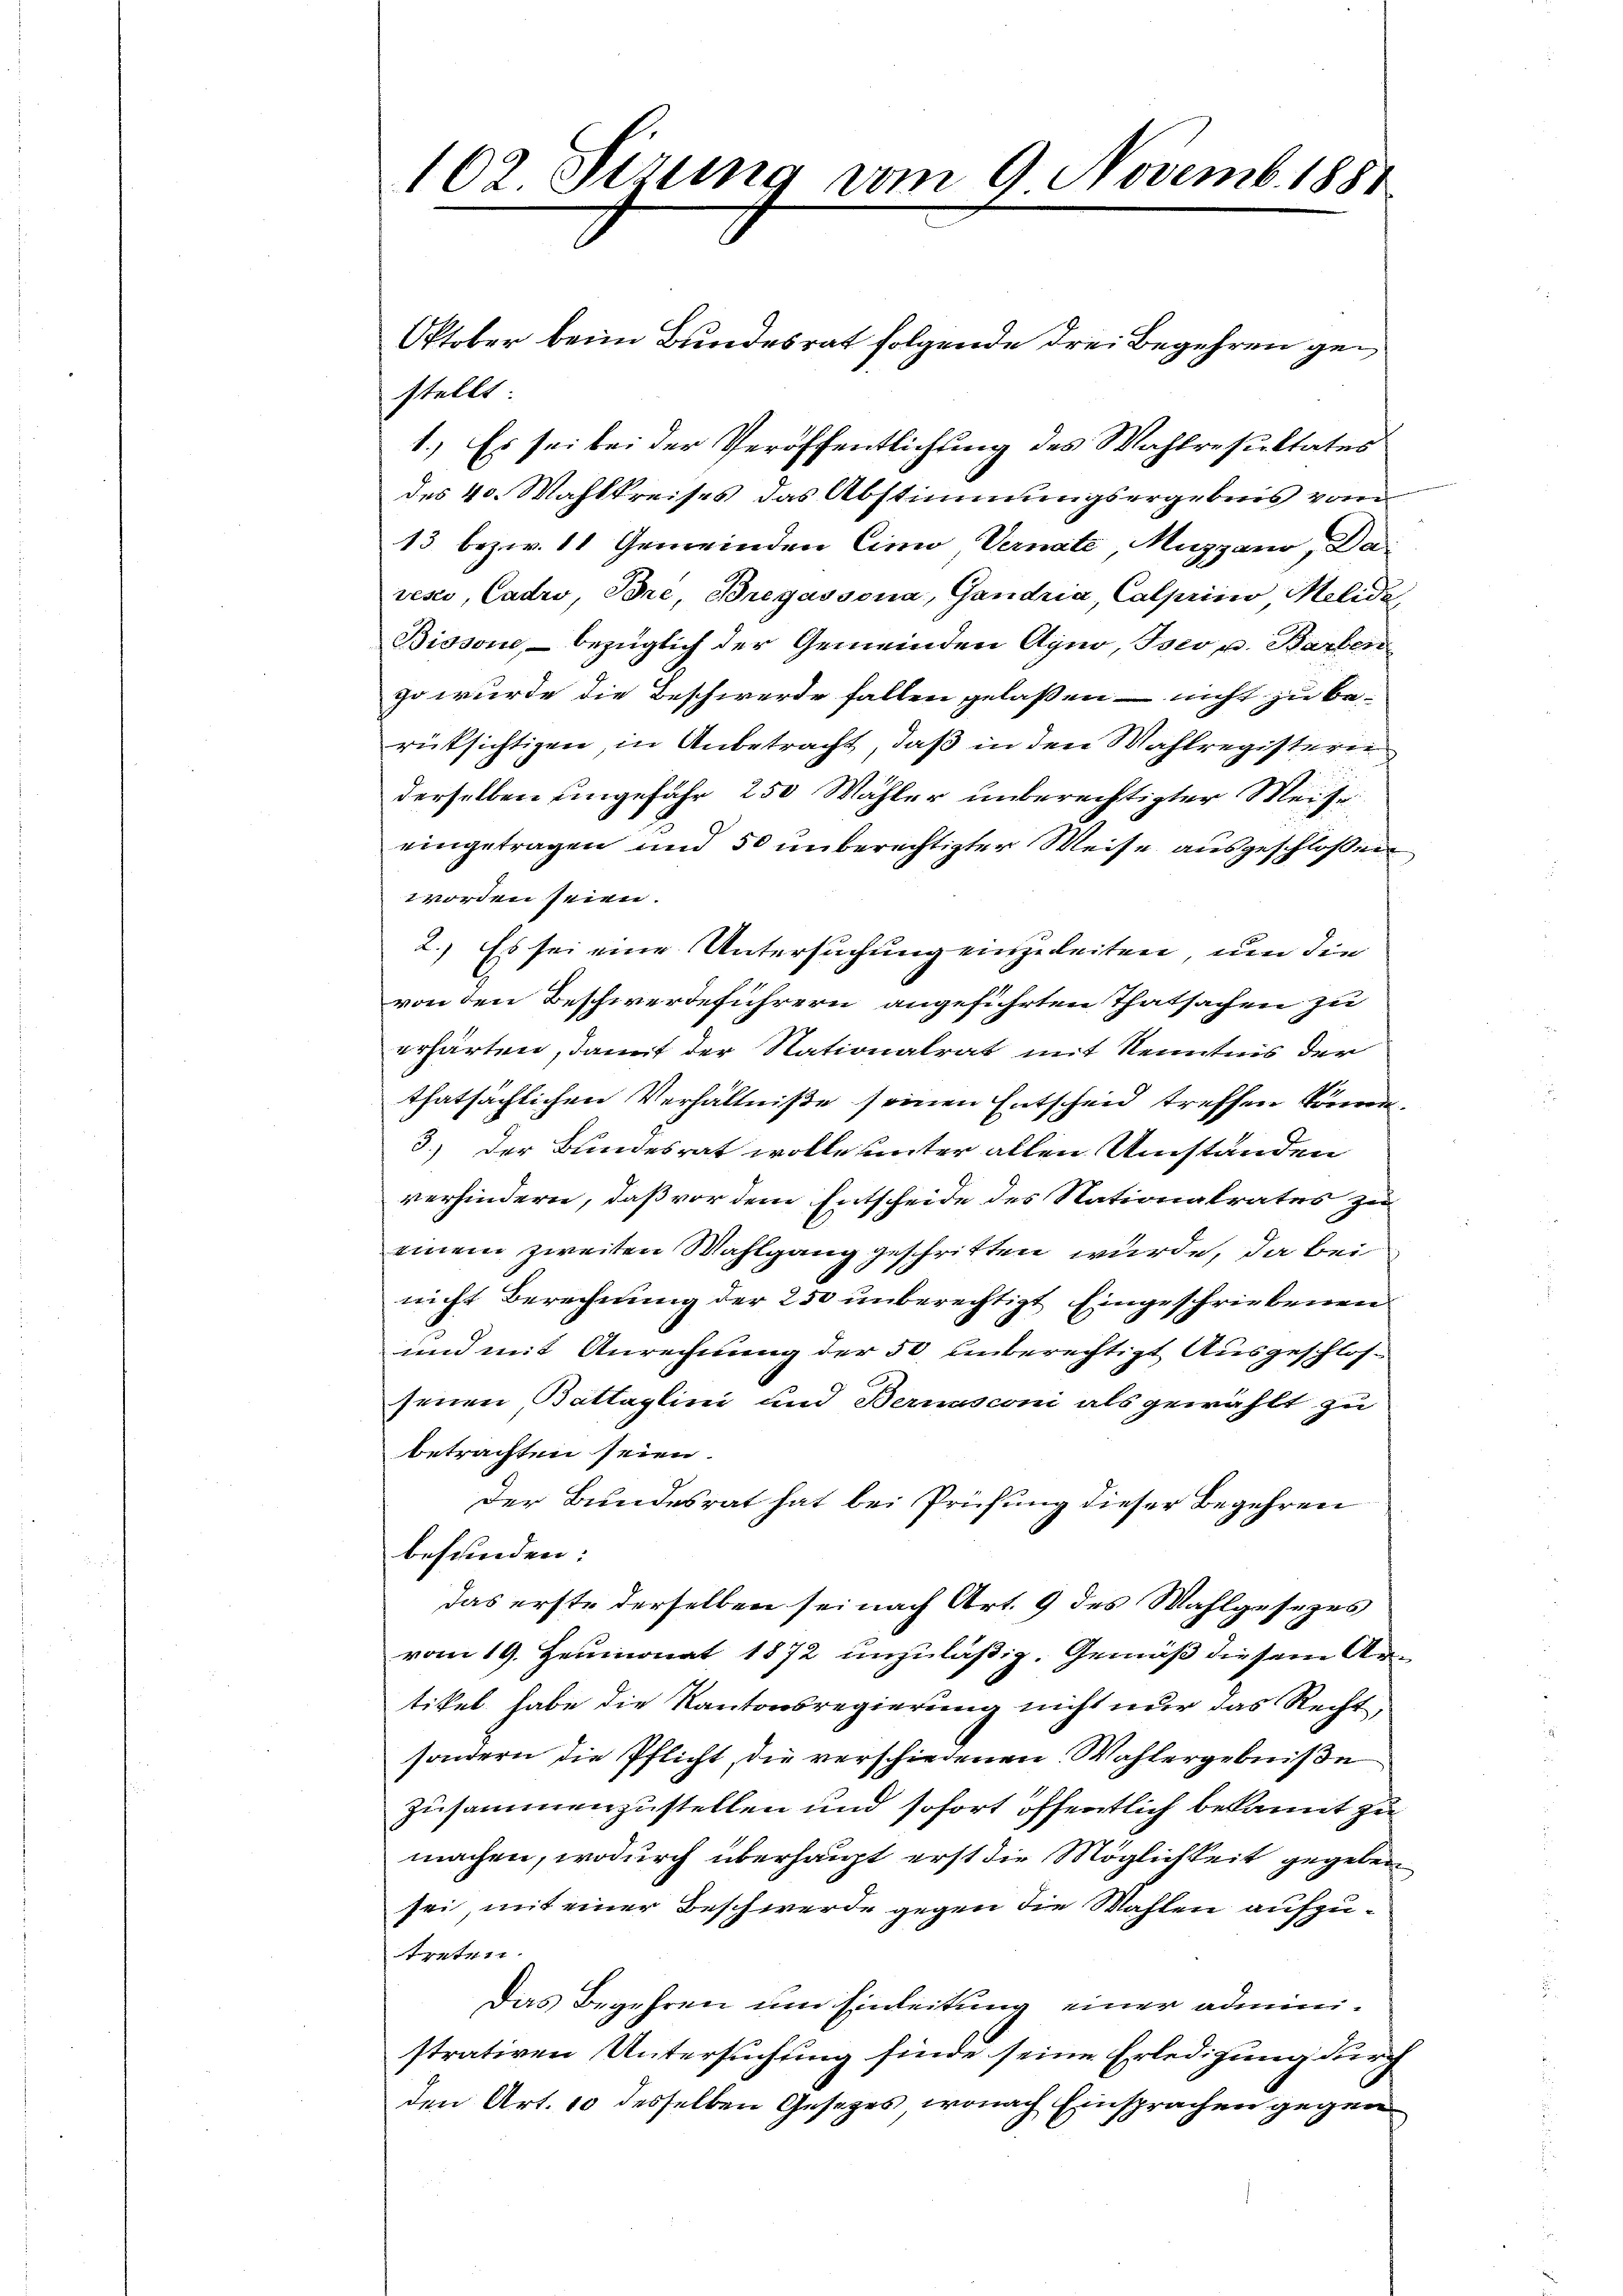
102. Sizung vom 9. Novemb. 1881

stellt
1.) Es sei bei der Veröffentlichung des Wahlresultates
des 40. Mahlkreises das Abstimmungsergebnis vom
13 bezw. 11 Gemeinden Cinio Vernate, Muggano, Da
ressi, Cadro, Bre, Bregassona, Gandria, Calprino Melidi
Bissone, - bezüglich der Gemeinden Agno, Iseo u. Barben
so wurde die Beschwerde fallen gelaßen – nicht zu berücksichtigen, in Anbetracht, daß in den Wahlregisterei
derselben ungefähr 250 Wähler unberechtigter Weise
eingetragen und 50 unberechtigter Weise ausgeschloßen
worden seien.
2.) Es sei eine Untersuchung einzeleiten, um die
von den Beschwerdeführern angeführten Thatsachen zu
erhärten, damit der Nationalrat mit Kenntnis der
thatsächlichen Verhältniße seinen Entscheid treffen könne.
3.) Der Bundesrat wolle unter allen Umständen
verhindern, daß vor dem Entscheide des Nationalrates zu
einem zweiten Wahlgang geschritten wurde, da bei
nicht Berechnung der 250 unberechtigt Eingeschriebenen
und mit Anrechnung der 50 unberechtigt Ausgeschlos
senen Battaglini und Bernasconi als gewählt zu
betrachten seien.
Der Bundesrat hat bei Prüfung dieser Begehren
befunden:
das erste derselben sei nach Art. 9 des Wahlgesezes
vom 19. Heumonat 1872 anzuläßig. Gemäß diesem Artikel habe die Kantonsregierung nicht nur das Recht,
sondern die Pflicht, die verschiedenen Wahlergebniße
zusammenzustellen und sofort öffentlich bekannt zu
machen, wodurch überhaupt erst die Möglichkeit gegeben
sei, mit einer Beschwerde gegen die Wahlen aufzutreten.
Das Begehren um Einleitung einer administrativen Untersuchung finde seine Erledigung durch
den Art. 10 desselben Gesezes, wonach Einsprachen gegen

Oktober beim Bundesrat folgende drei Begehren ge¬